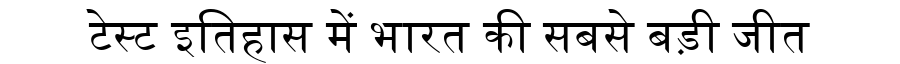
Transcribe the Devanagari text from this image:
टेस्ट इतिहास में भारत की सबसे बड़ी जीत